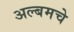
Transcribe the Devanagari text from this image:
अल्बमचे